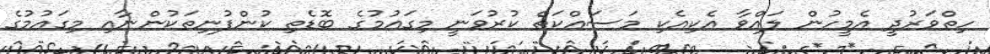
ހިތްވަރުދީ އެމީހުން ލައްވާ އެކިއެކި މަސައްކަތް ކުރުވަނީ މިގައުމުގެ ބޮޑެތި ކުންފުނިތަކުންނާއި މިގައުމުގެ